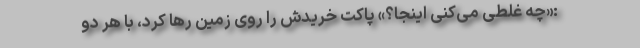
:«چه غلطی می‌کنی اینجا؟» پاکت خریدش را روی زمین رها کرد، با هر دو